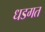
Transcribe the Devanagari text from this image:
धडगत